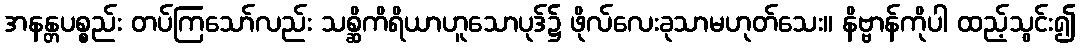
အနန္တပစ္စည်း တပ်ကြသော်လည်း သစ္ဆိကိရိယာဟူသောပုဒ်၌ ဖိုလ်လေးခုသာမဟုတ်သေး။ နိဗ္ဗာန်ကိုပါ ထည့်သွင်း၍